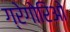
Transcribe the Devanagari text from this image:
ग्रेगोरिओ